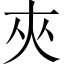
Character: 夾